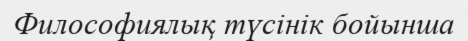
Философиялық түсінік бойынша